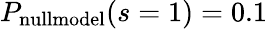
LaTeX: P_{\mathrm{nullmodel}}(s=1)=0.1